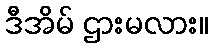
ဒီအိမ် ဌားမလား။